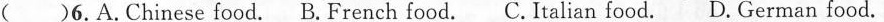
( )6.A.Chinese food. B.French food. C.Italian food. D.German food.